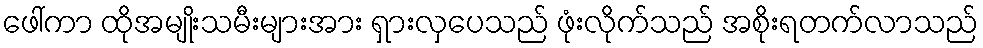
ဖေါ်ကာ ထိုအမျိုးသမီးများအား ရှားလှပေသည် ဖုံးလိုက်သည် အစိုးရတက်လာသည်